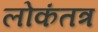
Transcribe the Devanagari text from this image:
लोकंतत्र